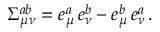
\Sigma _ { \mu \nu } ^ { a b } = e _ { \mu } ^ { a } \, e _ { \nu } ^ { b } - e _ { \mu } ^ { b } \, e _ { \nu } ^ { a } \, .